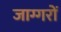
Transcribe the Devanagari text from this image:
जाग्गरों